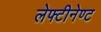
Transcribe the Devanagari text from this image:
लेफ्टीनेण्ट